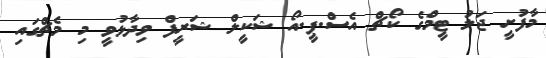
މާފުށީ ޖަލު ޓީމްގެ ކޯޗް އެސް.ޕީ.އޯ ޝަކީލް ޝަރީފް ވިދާޅުވީ މި މެޗްގައި